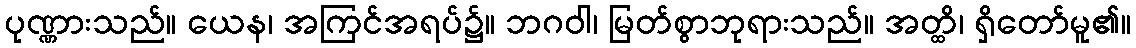
ပုဏ္ဏားသည်။ ယေန၊ အကြင်အရပ်၌။ ဘဂဝါ၊ မြတ်စွာဘုရားသည်။ အတ္ထိ၊ ရှိတော်မူ၏။